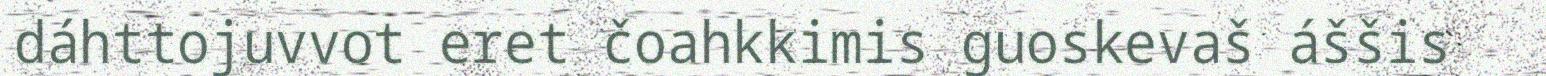
dáhttojuvvot eret čoahkkimis guoskevaš áššis